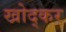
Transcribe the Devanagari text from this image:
खोद्कर